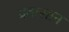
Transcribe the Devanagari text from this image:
प्रवासान